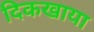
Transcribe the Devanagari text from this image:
दिकखाया